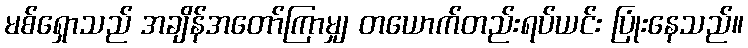
မစ်ရှောသည် အချိန်အတော်ကြာမျှ တယောက်တည်းရပ်ယင်း ပြုံးနေသည်။